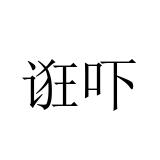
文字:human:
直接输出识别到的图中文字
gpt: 诳吓